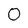
Character: O